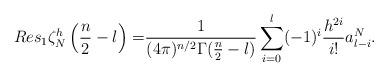
LaTeX: \begin{align*}Res_1\zeta^h_N\left(\frac{n}{2}-l\right)=&\frac{1}{(4\pi)^{n/2}\Gamma(\frac{n}{2}-l)}\sum_{i=0}^l(-1)^i\frac{h^{2i}}{i!}a^N_{l-i}.\end{align*}